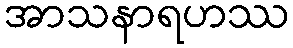
အာသနာရဟဿ